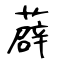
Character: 薜